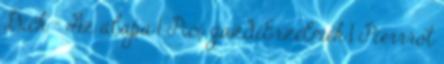
Dick - Az álapa 1 Pici gazdiÉrzelmek 1 Pierrrot